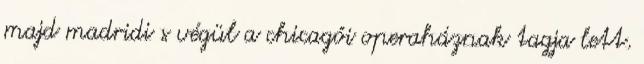
majd madridi s végül a chicagói operaháznak tagja lett.